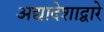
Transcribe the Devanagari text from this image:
अद्यादेशाद्वारे